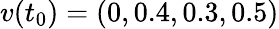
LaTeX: v(t_{0})=(0,0.4,0.3,0.5)